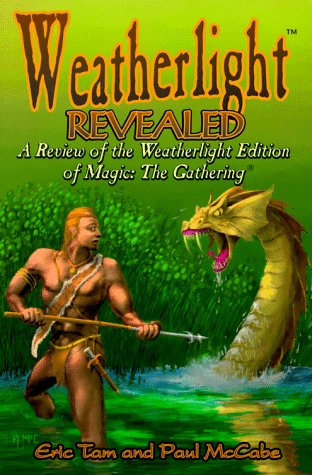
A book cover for Weatherlight Revealed: A Review of the Weatherlight Edition of Magic - The Gathering; Eric Tam; Science Fiction & Fantasy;